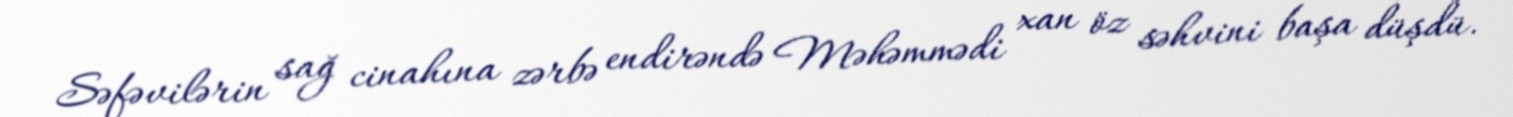
Səfəvilərin sağ cinahına zərbə endirəndə Məhəmmədi xan öz səhvini başa düşdü.